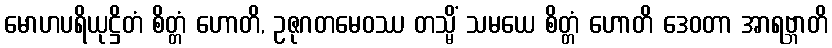
မောဟပရိယုဋ္ဌိတံ စိတ္တံ ဟောတိ, ဥဇုဂတမေဝဿ တသ္မိံ သမယေ စိတ္တံ ဟောတိ ဒေဝတာ အာရဗ္ဘာတိ